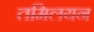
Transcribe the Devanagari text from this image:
तमिलयन